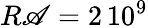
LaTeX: R\mathscr{A}=2\, 10^{9}